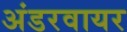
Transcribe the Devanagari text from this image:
अंडरवायर